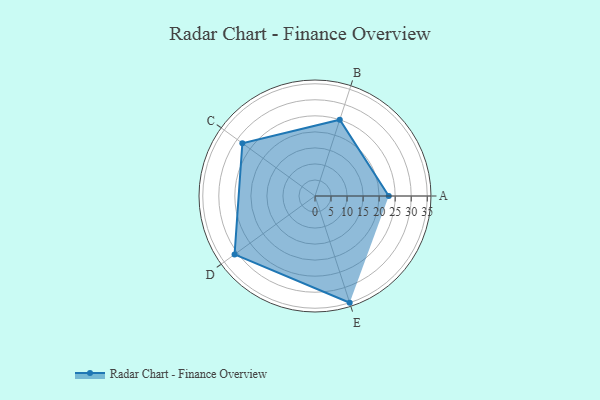
{"axis": {"x": "Skill", "y": "Score"}, "legend": ["Profile"], "data": [{"x": "A", "y": 23.0, "type": "Profile"}, {"x": "B", "y": 25.0, "type": "Profile"}, {"x": "C", "y": 28.0, "type": "Profile"}, {"x": "D", "y": 31.0, "type": "Profile"}, {"x": "E", "y": 35.0, "type": "Profile"}]}